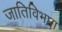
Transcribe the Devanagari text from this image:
जातिविभाग